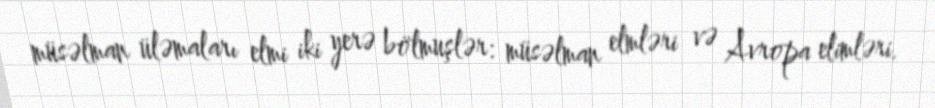
müsəlman üləmaları elmi iki yerə bölmuşlər: müsəlman elmləri və Avropa elimləri.